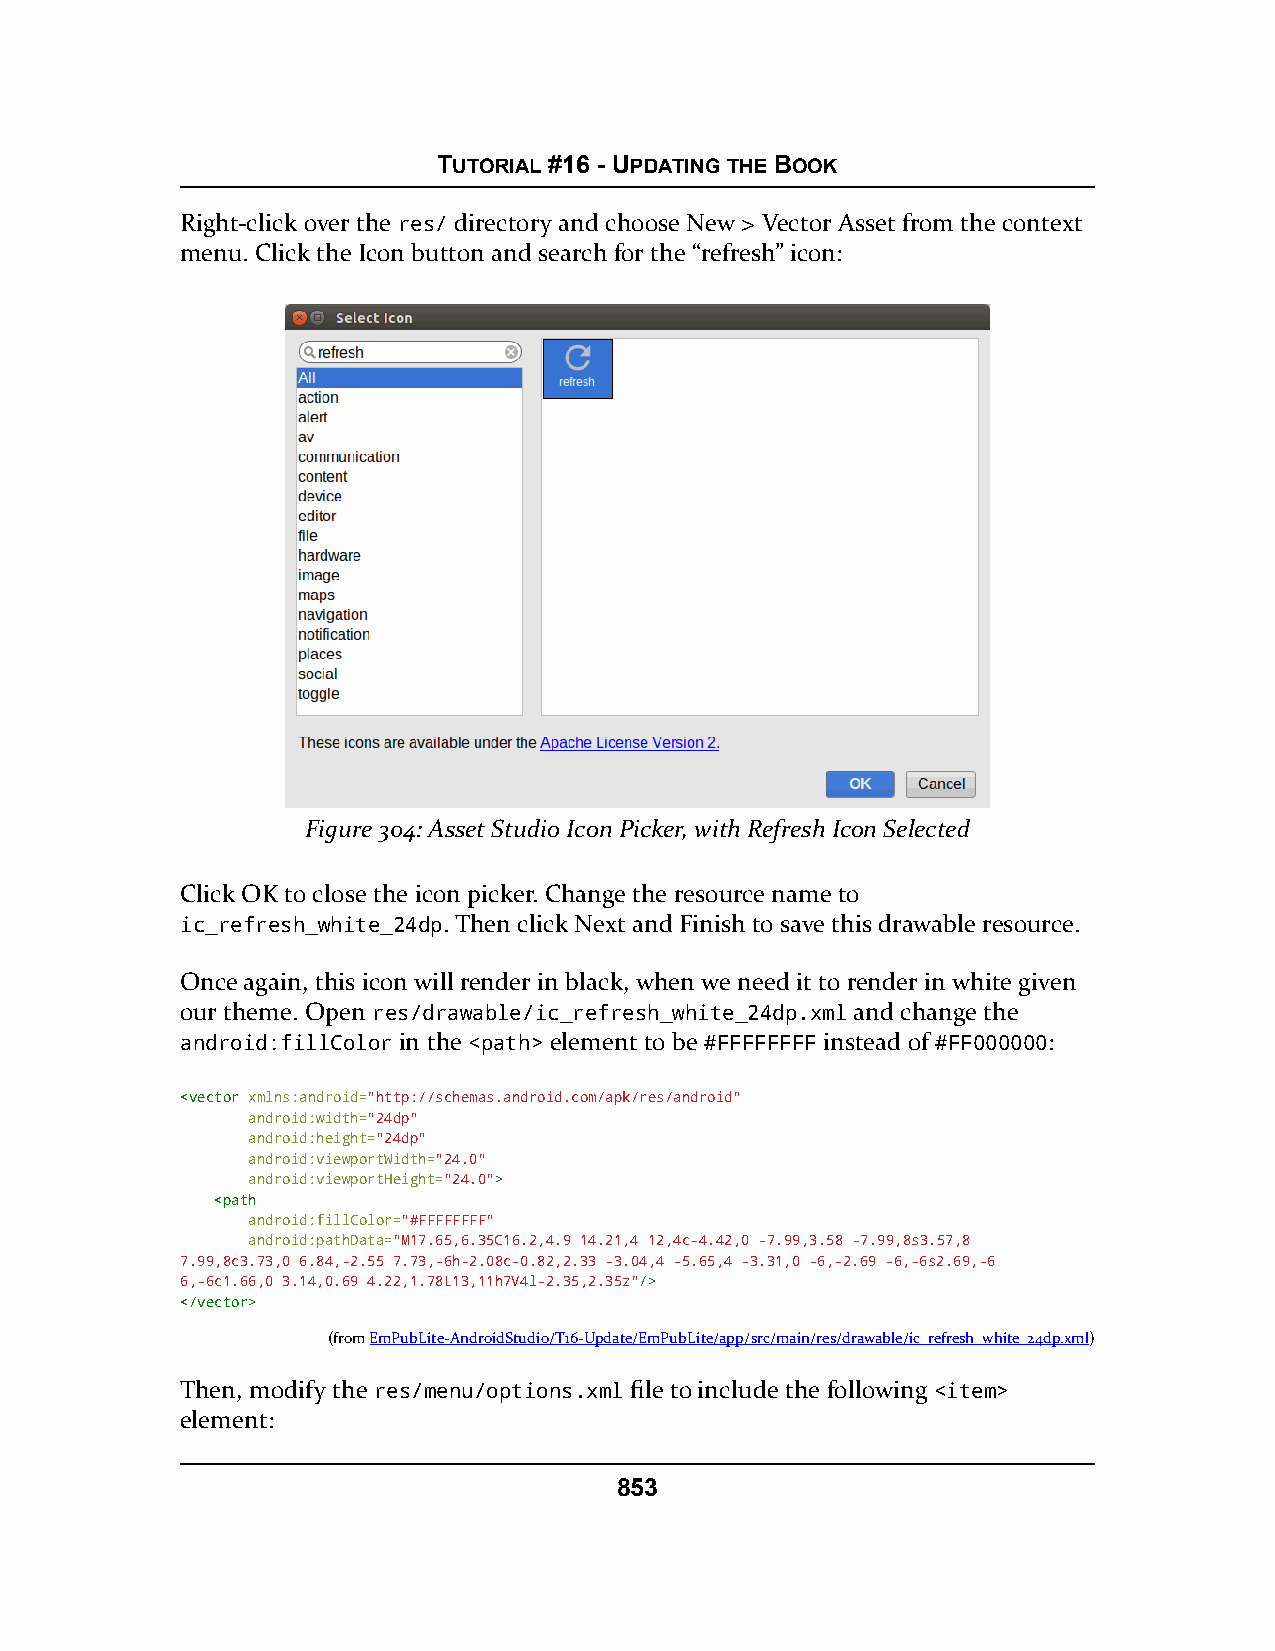
TUTORIAL #16 - UPDATING THE BOOK
 Right-click over the res/ directory and choose New > Vector Asset from the context
 menu. Click the Icon button and search for the “refresh” icon:
 Figure 304: Asset Studio Icon Picker, with Refresh Icon Selected
 Click OK to close the icon picker. Change the resource name to
 ic_refresh_white_24dp. Then click Next and Finish to save this drawable resource.
 Once again, this icon will render in black, when we need it to render in white given
 our theme. Open res/drawable/ic_refresh_white_24dp.xml and change the
 android:fillColor in the <path> element to be #FFFFFFFF instead of #FF000000:
 <<vveeccttoorr xmlns:android="http://schemas.android.com/apk/res/android"
 android:width="24dp"
 android:height="24dp"
 android:viewportWidth="24.0"
 android:viewportHeight="24.0">>
 <<ppaatthh
 android:fillColor="#FFFFFFFF"
 android:pathData="M17.65,6.35C16.2,4.9 14.21,4 12,4c-4.42,0 -7.99,3.58 -7.99,8s3.57,8
 7.99,8c3.73,0 6.84,-2.55 7.73,-6h-2.08c-0.82,2.33 -3.04,4 -5.65,4 -3.31,0 -6,-2.69 -6,-6s2.69,-6
 6,-6c1.66,0 3.14,0.69 4.22,1.78L13,11h7V4l-2.35,2.35z"//>>
 <<//vveeccttoorr>>
 (fromEmPubLite-AndroidStudio/T16-Update/EmPubLite/app/src/main/res/drawable/ic_refresh_white_24dp.xml)
 Then, modify the res/menu/options.xml file to include the following <item>
 element:
 853